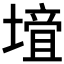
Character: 𡐁